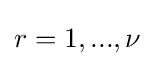
r=1,...,\nu